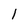
Character: 1